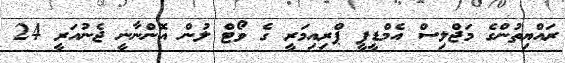
ރައްޔިތުންގެ މަޖްލިސް އެމްޑީޕީ ޕްރިއިމަރީ ގެ ވޯޓް ލުން އޮންނާނީ ޖެނުއަރީ 24